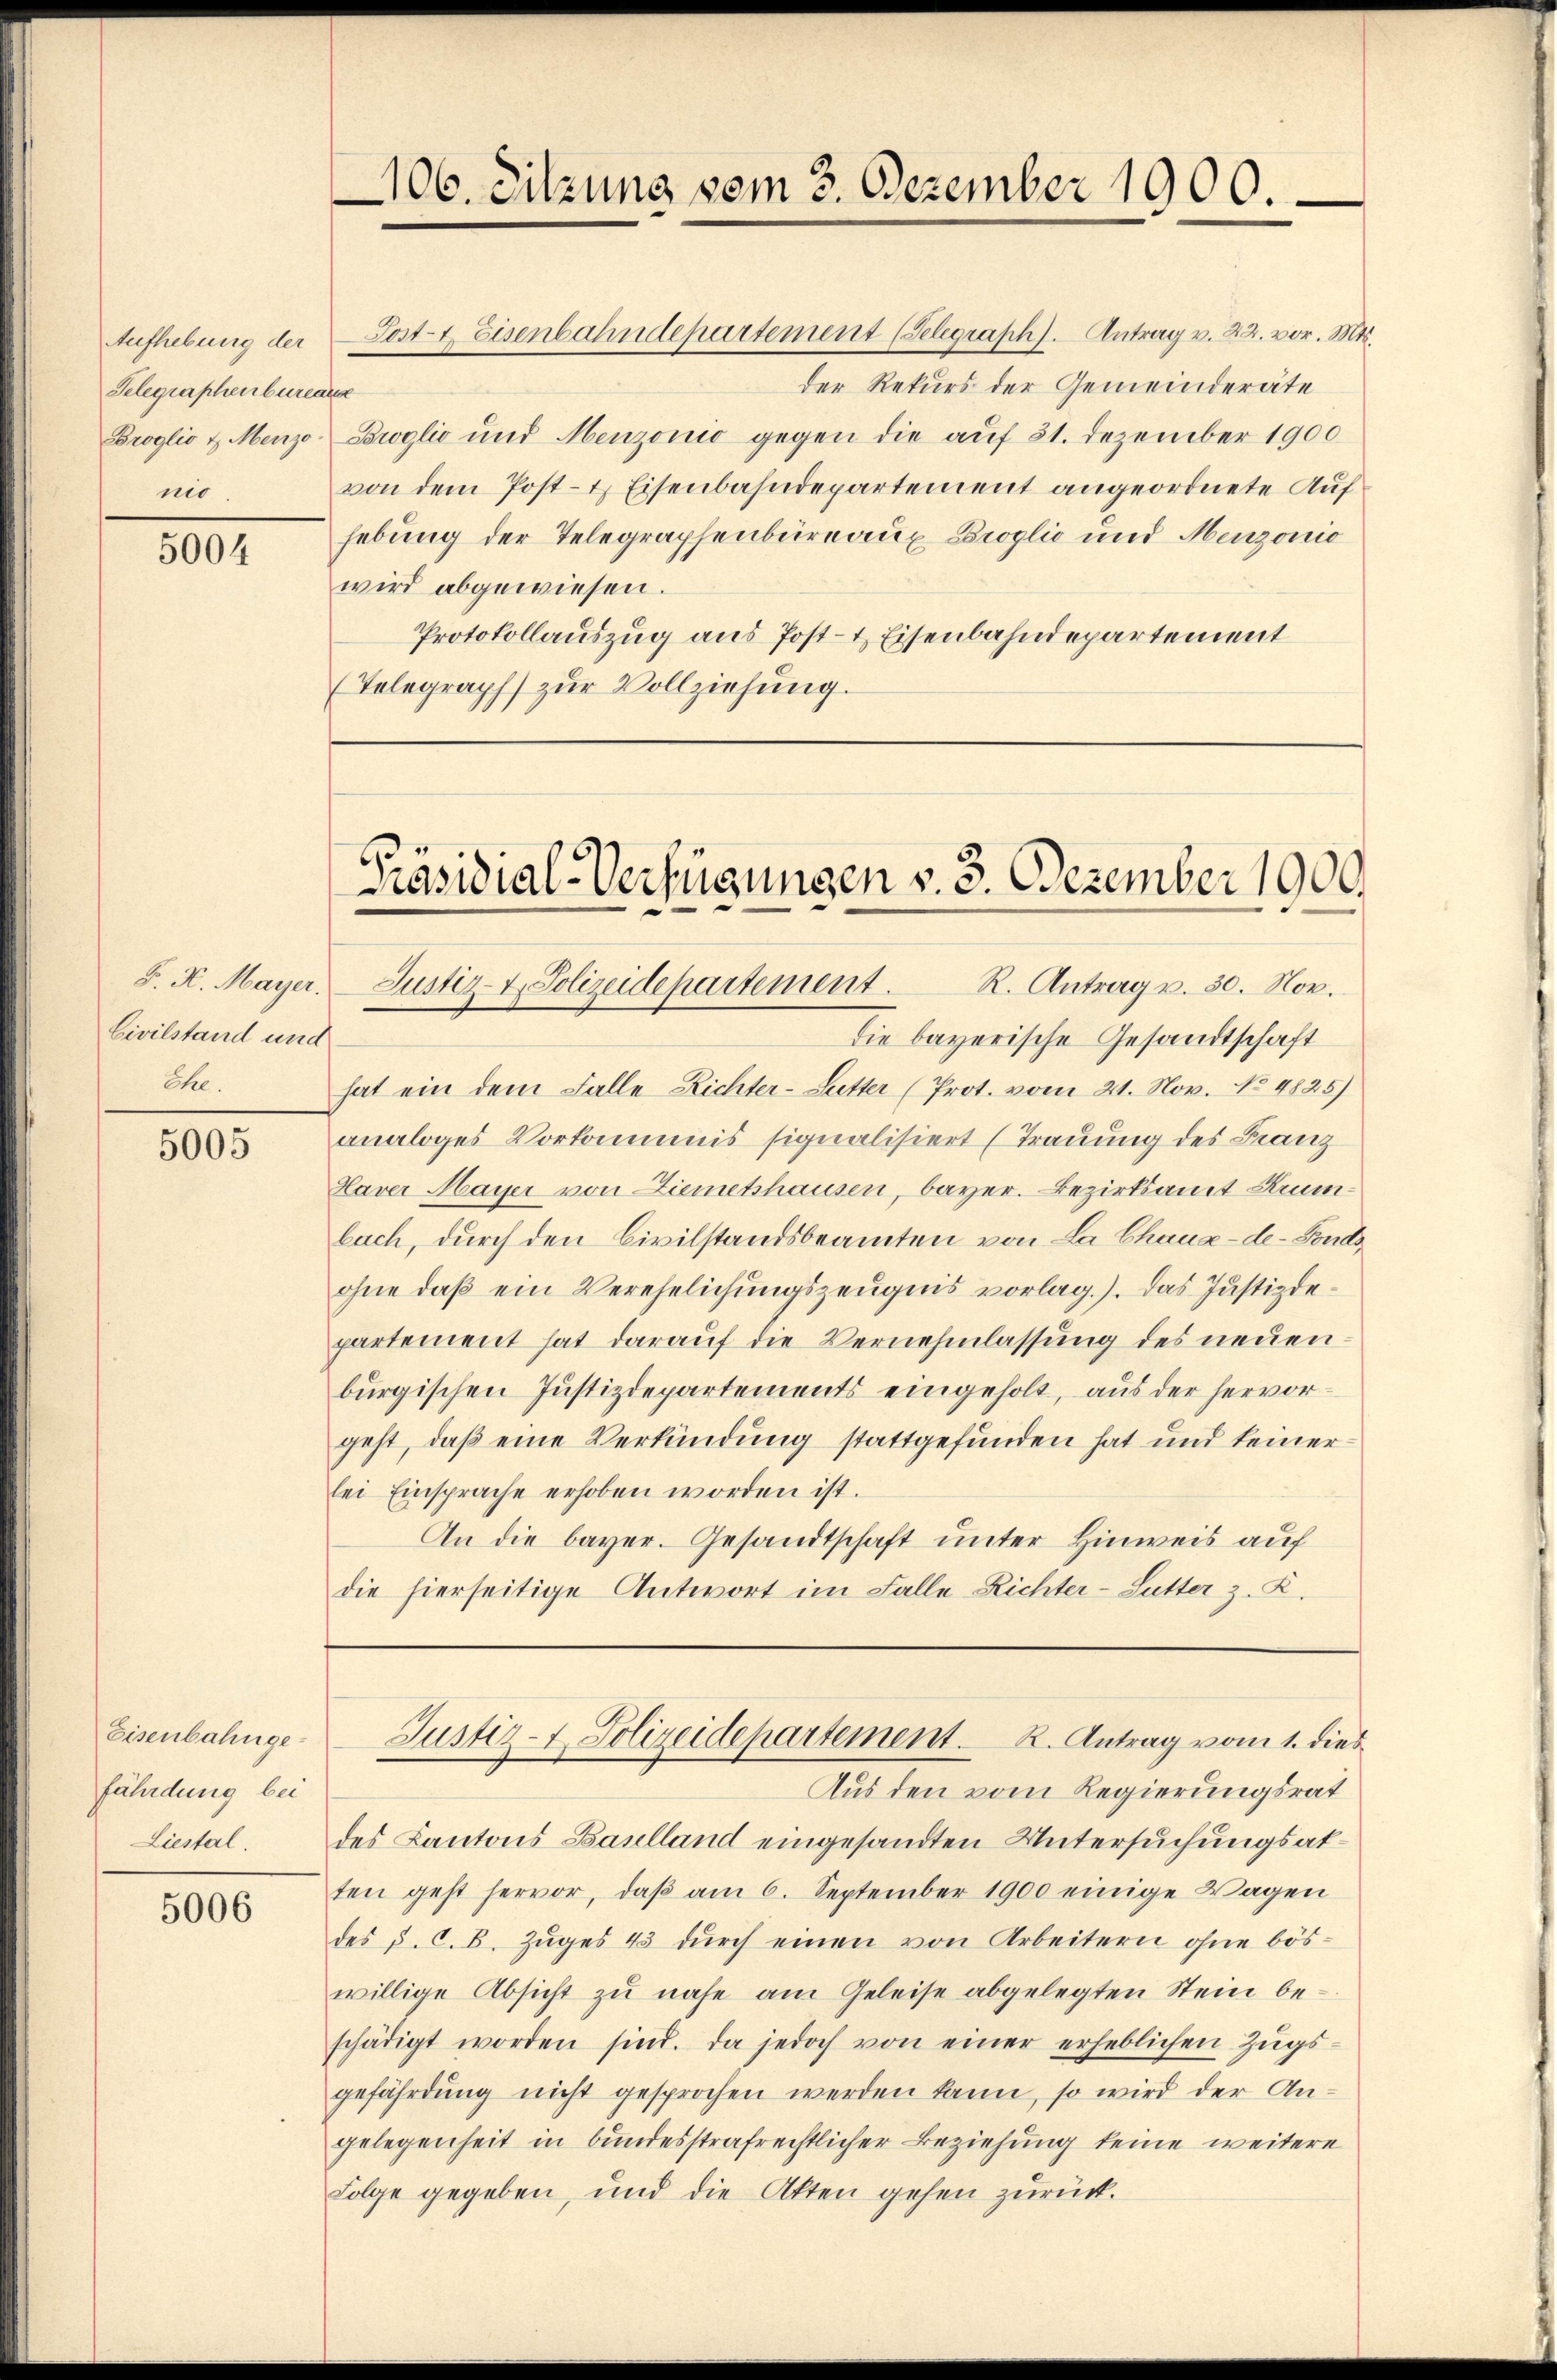
Telegraphenburer
nio.

5004

F. K. Mayer.
Civilstand und
Ehe.

5005

Eisenbahngefährdung bei
Liestal.

5006

der Rekurs der Gemeinderäte
afel
Broglio & Menzo- Broglio und Menzonić gegen die auf 31. Dezember 1900
von dem Post- & Eisenbahndepartement angeordnete Aufhebung der Telegraphenbüreaux Broglio und Menzonio
wird abgewiesen.
Protokollauszug aus Post- & Eisenbahndepartement
(Telegraph zŭr Vollziehung.

106. Sitzung vom 3. Dezember 1900.

Aufhebung der Post- & Eisenbahndepartement (Selegraph). Antrag v. 22. vor. Mts.

Präsidial-Verfügungen v. 3. Dezember 1900.
Justiz- & Polizeidepartement. R. Antrag u. 30. Nov.

die bayerische Gesandtschaft
hat ein dem Falle Richter-Sutter (Prot. vom 21. Nov. No. 4825)
analoges Vorkommis signalisiert (Trauung des Franz
Haver Mayer von Ziemetshausen, bayer. Bezirksamt Kennbach, durch den Civilstandsbeamten von La Chaux-de-Fondsohne daß ein Verehelichungszeugnis vorlag.). Das Justizdepartement hat darauf die Vernehmlassung des neuenburgischen Justizdepartements eingeholt, aus der hervorgeht, daß eine Verkündung stattgefunden hat und keinerlei Einsprache erhoben worden ist.
An die bayer. Gesandtschaft unter Hinweis auf
die hierseitige Antwort im Falle Richter-Lutter z. R.

des Cantons Baselland eingesandten Untersuchungsatten geht hervor, daβ am 6. September 1900 einige Wagen
des P. C. B. Zŭges 43 dŭrch einen von Arbeitern ohne bös-
willige Absicht zu nahe am Geleise abgelegten Stein beschädigt worden sind. Da jedoch von einer erheblichen Zŭgs-
gefährdung nicht gesprochen werden kann, so wird der Angelegenheit in bundesstrafrechtlicher Beziehung keine weitere
Folge gegeben, und die Akten gehen zurück.

Justiz- & Polizeidepartement. R. Antrag vom 1. dies
Aus den vom Regierungsrat